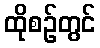
ထိုစဉ်တွင်